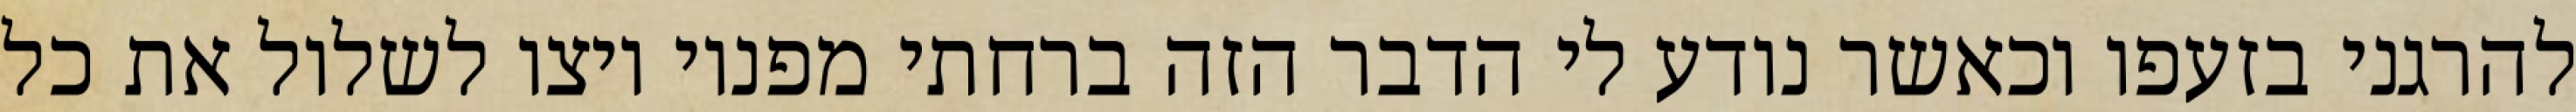
להרגני בזעפו וכאשר נודע לי הדבר הזה ברחתי מפניו ויצו לשלול את כל